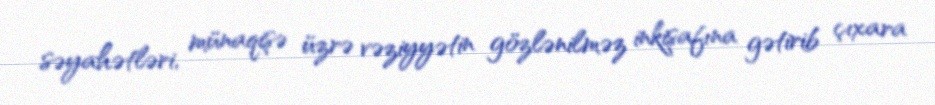
səyahətləri, münaqişə üzrə vəziyyətin gözlənilməz inkişafına gətirib çıxara